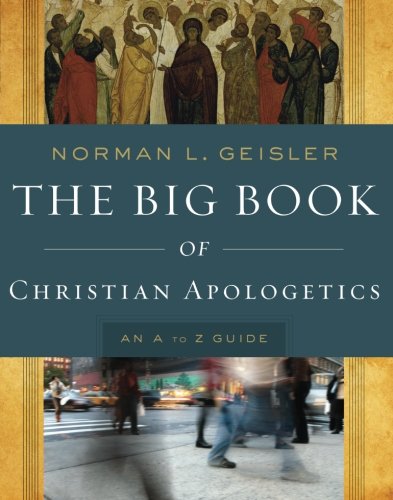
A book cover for The Big Book of Christian Apologetics: An A to Z Guide (A to Z Guides); Norman L. Geisler; Christian Books & Bibles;